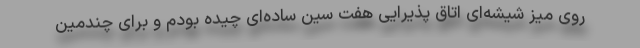
روی میز شیشه‌ای اتاق پذیرایی هفت سین ساده‌ای چیده بودم و برای چندمین